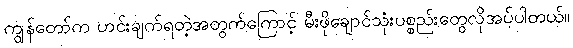
ကျွန်တော်က ဟင်းချက်ရတဲ့အတွက်ကြောင့် မီးဖိုချောင်သုံးပစ္စည်းတွေလိုအပ်ပါတယ်။